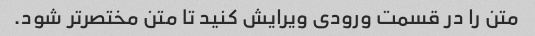
متن را در قسمت ورودی ویرایش کنید تا متن مختصرتر شود.